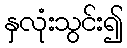
နှလုံးသွင်း၍